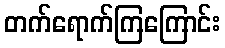
တက်ရောက်ကြကြောင်း